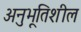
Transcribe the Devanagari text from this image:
अनुभूतिशील